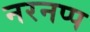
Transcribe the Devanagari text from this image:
नरनप्प